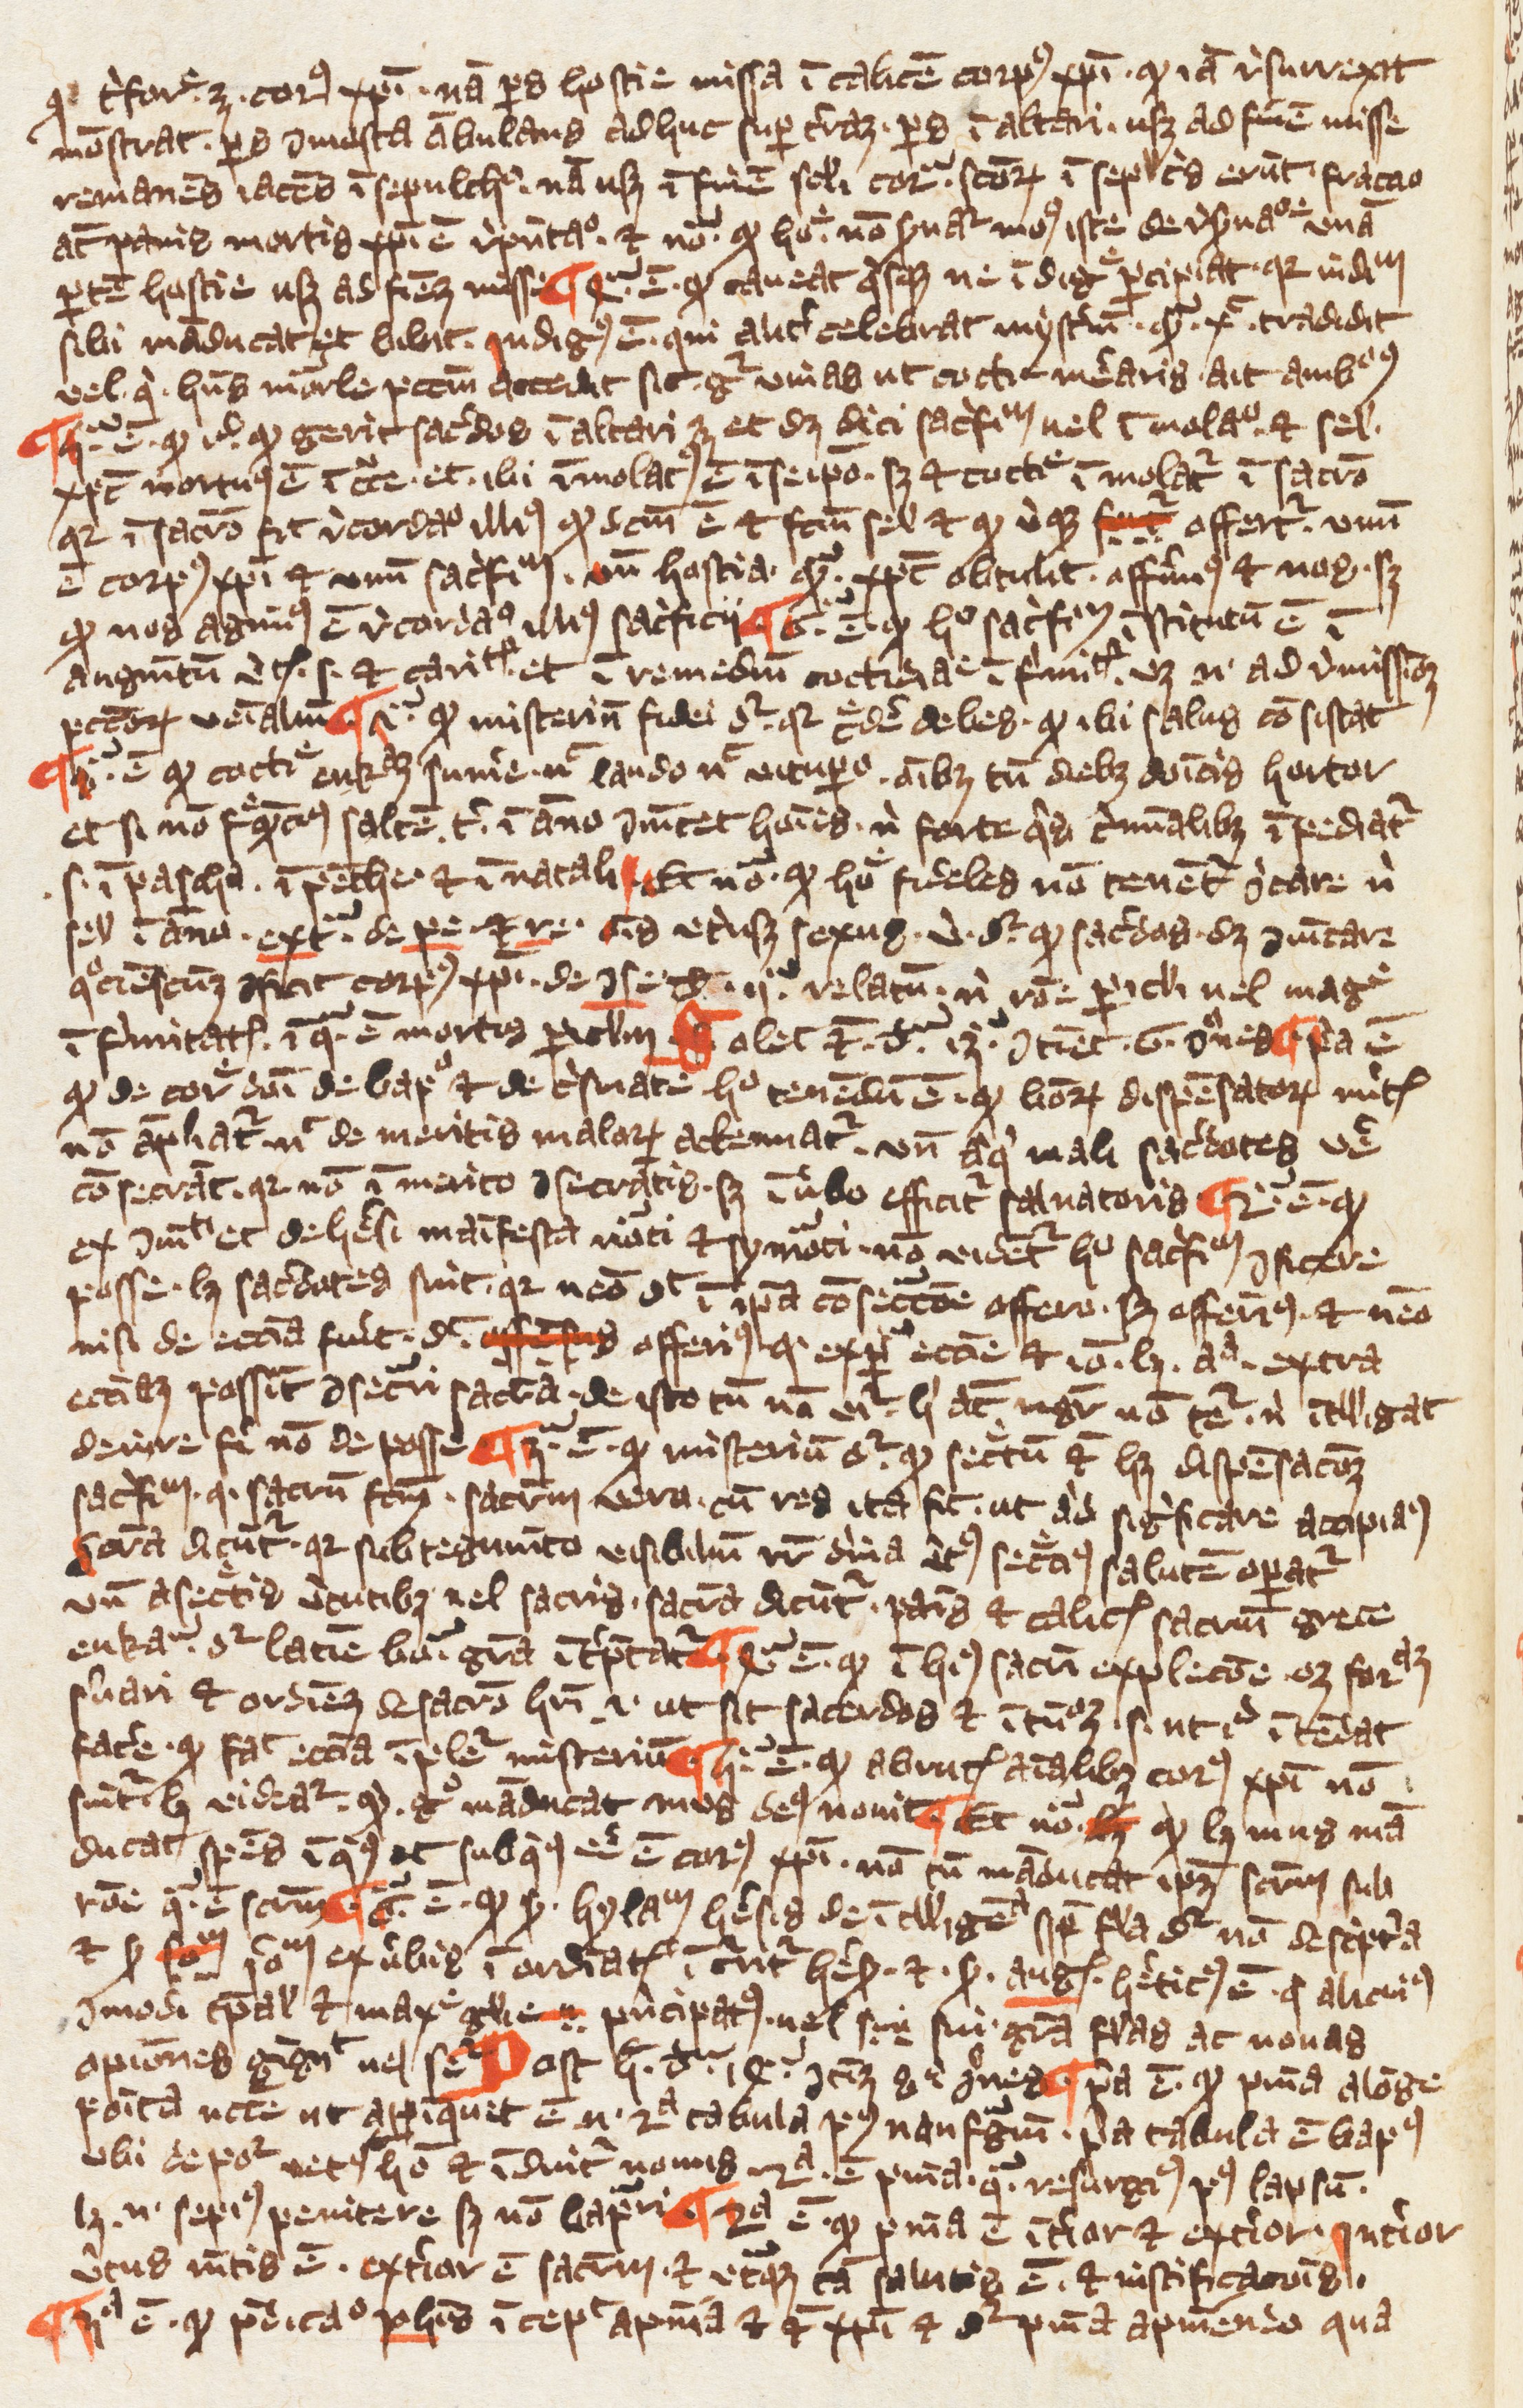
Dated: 1349–1364